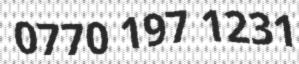
0770 197 1231